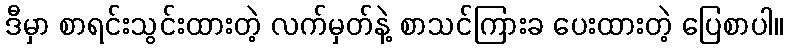
ဒီမှာ စာရင်းသွင်းထားတဲ့ လက်မှတ်နဲ့ စာသင်ကြားခ ပေးထားတဲ့ ပြေစာပါ။